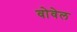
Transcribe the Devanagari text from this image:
वोवेल